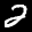
Label: 2